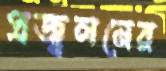
প্রজ্বলনের